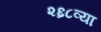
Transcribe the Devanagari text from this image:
२६८व्या